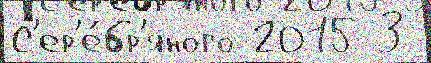
С'ер'е́бр'яного 2015 3